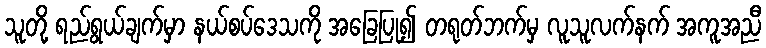
သူတို့ ရည်ရွယ်ချက်မှာ နယ်စပ်ဒေသကို အခြေပြု၍ တရုတ်ဘက်မှ လူသူလက်နက် အကူအညီ